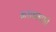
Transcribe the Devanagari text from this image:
क़राबतदारो